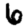
Digit: 6